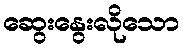
ဆွေးနွေးလိုသော